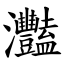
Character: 灩